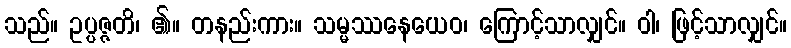
သည်။ ဥပ္ပဇ္ဇတိ၊ ၏။ တနည်းကား။ သမ္မဿနေယေဝ၊ ကြောင့်သာလျှင်။ ဝါ၊ ဖြင့်သာလျှင်။